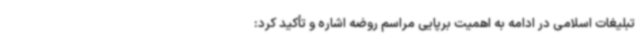
تبلیغات اسلامی در ادامه به اهمیت برپایی مراسم روضه اشاره و تأکید کرد: